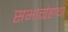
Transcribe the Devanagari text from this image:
सभाग्रंहाचा